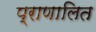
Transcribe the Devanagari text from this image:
प्राणालित